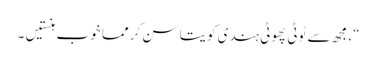
“، مجھ سے ٹوٹی پھوٹی ہندی کویتا سن کر مما خوب ہنستیں ۔